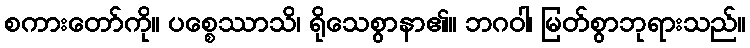
စကားတော်ကို။ ပစ္စေဿာသိ၊ ရိုသေစွာနာ၏။ ဘဂဝါ၊ မြတ်စွာဘုရားသည်။